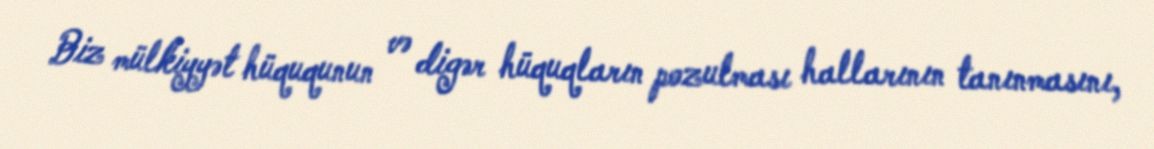
Biz mülkiyyət hüququnun və digər hüquqların pozulması hallarının tanınmasını,